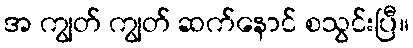
အ ကျွတ် ကျွတ် ဆက်နောင် စသွင်းပြီ။